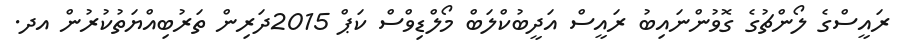
ރައީސްގެ ލޯންޗުގެ ގޮވުންނައިބު ރައީސް އަދީބުކްލަބް މޯލްޑިވްސް ކަޕް 2015ދަރިން ތަރުބިއްޔަތުކުރުން އދ.